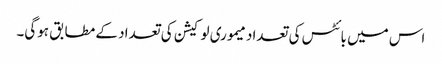
اس میں بائٹس کی تعداد میموری لوکیشن کی تعداد کے مطابق ہوگی۔